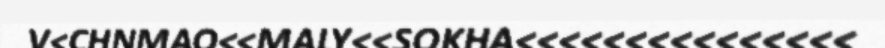
V<CHNMAO<<MALY<<SOKHA<<<<<<<<<<<<<<<